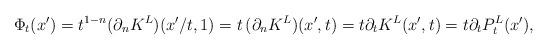
LaTeX: \begin{align*}\Phi_t(x') = t^{1-n} (\partial_n K^L)(x'/t, 1)= t \, (\partial_n K^L)(x', t) = t \partial_t K^L(x', t) = t \partial_t P_t^L(x'), \end{align*}